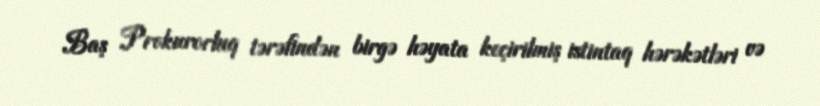
Baş Prokurorluq tərəfindən birgə həyata keçirilmiş istintaq hərəkətləri və